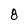
Character: 8